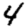
Digit: 4